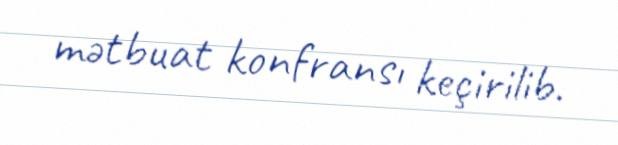
mətbuat konfransı keçirilib.